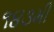
૧૪૩મી